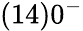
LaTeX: (14)0^{-}